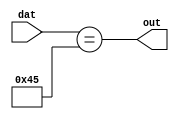
module equal_const (dat,out);

parameter WIDTH = 8;
parameter CONST_VAL = 8'h45;
parameter METHOD = 0;

input [WIDTH-1:0] dat;
output out;
wire out;

generate
	if (METHOD == 0) begin
		///////////////////////
		// Generic style
		///////////////////////
		assign out = (dat == CONST_VAL);
	end
	else if (METHOD == 1) begin
		////////////////////////////////////////
		// Carry chain based - 3 bits per cell 
		////////////////////////////////////////
		carry_and ca (.dat(~dat ^ CONST_VAL),.out(out));
			defparam ca .WIDTH = WIDTH;
			defparam ca .METHOD = 4;
	end
endgenerate

endmodule